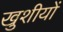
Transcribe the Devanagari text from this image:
खुशीयों